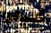
أعيدوا